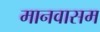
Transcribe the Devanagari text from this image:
मानवासम